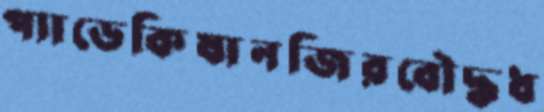
প্যাডেকিষানজিরবৌদ্ধধ